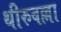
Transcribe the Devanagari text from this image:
थीरुवल्ला